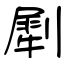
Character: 㓾